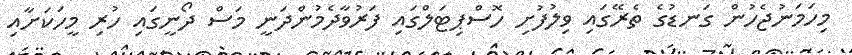
މިހަމަނުޖެހުން ގަނޑުގެ ތެރޭގައި ވިލުފުށި ހޮސްޕިޓަލްގައި ފަރުވާދެމުންދަނީ މަސް ދޯނީގައި ހުރި މީހަކަށާއި